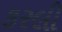
કરલી